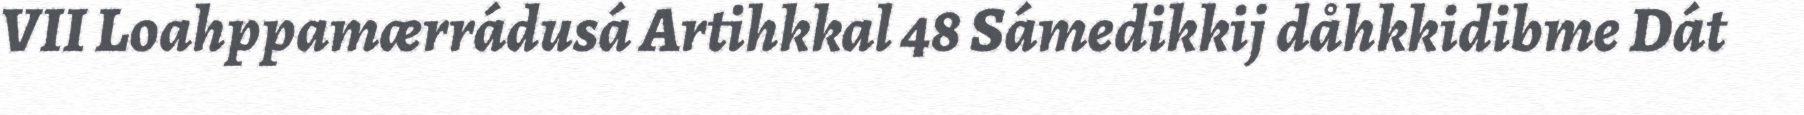
VII Loahppamærrádusá Artihkkal 48 Sámedikkij dåhkkidibme Dát